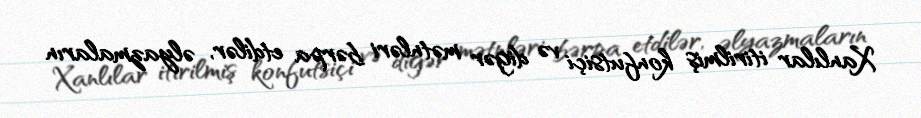
Xanlılar itirilmiş konfutsiçi və digər mətnləri bərpa etdilər, əlyazmaların